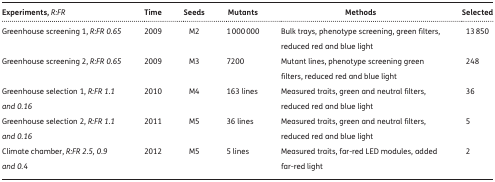
<table><thead><tr><td><b>Experiments, <i>R:FR</i></b></td><td><b>Time</b></td><td><b>Seeds</b></td><td><b>Mutants</b></td><td><b>Methods</b></td><td><b>Selected</b></td></tr></thead><tbody><tr><td>Greenhouse screening 1, <i>R:FR 0.65</i></td><td>2009</td><td>M2</td><td>1000000</td><td>Bulk trays, phenotype screening, green filters, reduced red and blue light</td><td>13850</td></tr><tr><td>Greenhouse screening 2, <i>R:FR 0.65</i></td><td>2009</td><td>M3</td><td>7200</td><td>Mutant lines, phenotype screening green filters, reduced red and blue light</td><td>248</td></tr><tr><td>Greenhouse selection 1, <i>R:FR 1.1 and 0.16</i></td><td>2010</td><td>M4</td><td>163 lines</td><td>Measured traits, green and neutral filters, reduced red and blue light</td><td>36</td></tr><tr><td>Greenhouse selection 2, <i>R:FR 1.1 and 0.16</i></td><td>2011</td><td>M5</td><td>36 lines</td><td>Measured traits, green and neutral filters, reduced red and blue light</td><td>5</td></tr><tr><td>Climate chamber, <i>R:FR 2.5, 0.9 and 0.4</i></td><td>2012</td><td>M5</td><td>5 lines</td><td>Measured traits, far-red LED modules, added far-red light</td><td>2</td></tr></tbody></table>